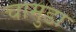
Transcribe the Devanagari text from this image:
चामुडा